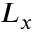
L _ { x }